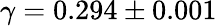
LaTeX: \gamma=0.294\pm 0.001